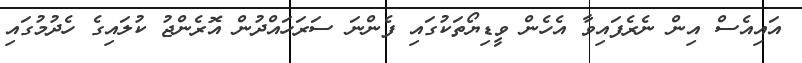
އައިއެސް އިން ނެރެފައިވާ އެހެން ވީޑިޔޯތަކުގައި ފެންނަ ސަރަހައްދުން އޮރެންޖު ކުލައިގެ ހެދުމުގައި